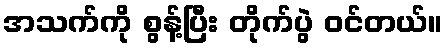
အသက်ကို စွန့်ပြီး တိုက်ပွဲ ဝင်တယ်။